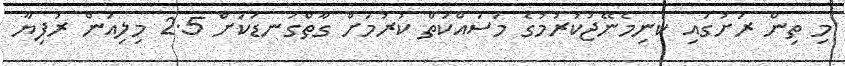
މި ތިން ރަށުގައި ކުނިމެނޭޖުކުރުމުގެ މަސައްކަތް ކުރުމަށް ގާތްގަނޑަކަށް 2.5 މިލިއަން ރުފިޔާ